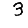
Digit: 3